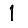
Digit: 1